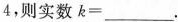
4，则实数k=___。